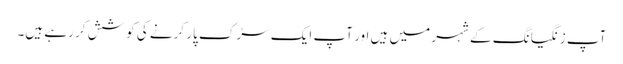
آپ زنگیانگ کے شہر میں ہیں اور آپ ایک سڑک پار کرنے کی کوشش کر رہے ہیں۔